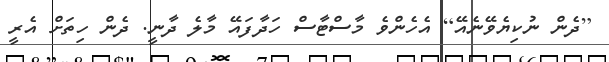
[ދެން ނުކިޔެވޭނެއޭ] އެހެންވެ މާސްޓާސް ހަދާފައޭ މާލެ ދާނީ. ދެން ހިތަށް އެރީ